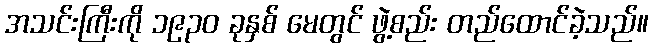
အသင်းကြီးကို ၁၉၃၀ ခုနှစ် မေတွင် ဖွဲ့စည်း တည်ထောင်ခဲ့သည်။